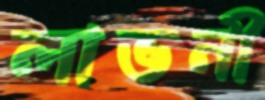
লাভনী